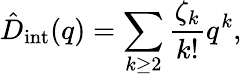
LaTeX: \hat{D}_{\mathrm{int}}(q)=\sum_{k\geq 2}\frac{\zeta_{k}}{k!}q^{k},